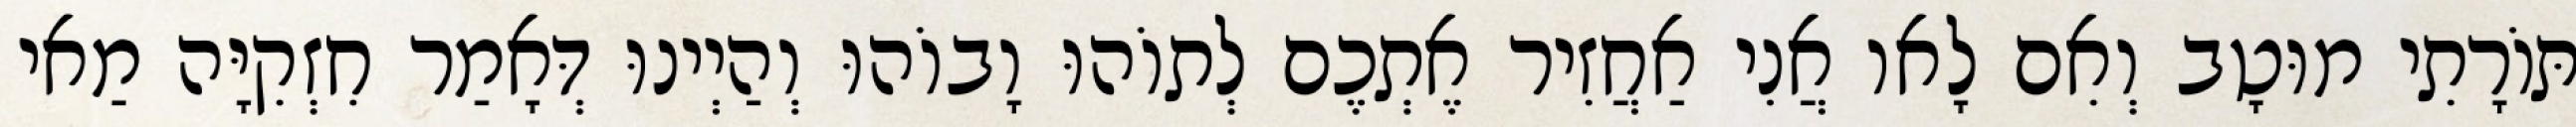
תּוֹרָתִי מוּטָב וְאִם לָאו אֲנִי אַחֲזִיר אֶתְכֶם לְתוֹהוּ וָבוֹהוּ וְהַיְינוּ דְּאָמַר חִזְקִיָּה מַאי